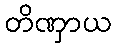
တိဏှာယ